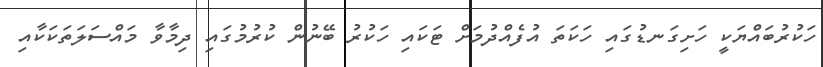
ހަކުރުބައްޔަކީ ހަށިގަނޑުގައި ހަކަތަ އުފެއްދުމަށް ޓަކައި ހަކުރު ބޭނުން ކުރުމުގައި ދިމާވާ މައްސަލަތަކަކާއި